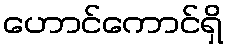
ဟောင်ကောင်ရှိ